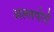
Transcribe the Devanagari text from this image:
अल्लपोर्ट